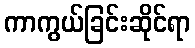
ကာကွယ်ခြင်းဆိုင်ရာ